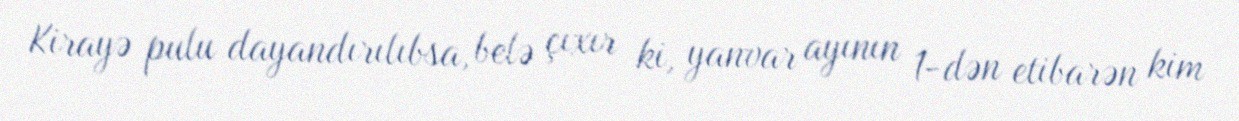
Kirayə pulu dayandırılıbsa, belə çıxır ki, yanvar ayının 1-dən etibarən kim